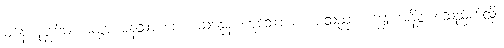
မနောပုဗ္ဗင်္ဂမာ ဓမ္မာ မနသာ စေ ပသန္နေန ဟူသော စကားသည်။ စက္ခုံ အနိစ္စံ စသည်ကဲ့သို့